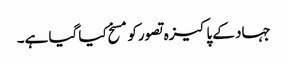
جہاد کے پاکیزہ تصورکومسخ کیا گیا ہے۔